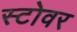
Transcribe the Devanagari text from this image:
स्टोवर